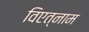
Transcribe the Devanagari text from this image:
विएत्नाम